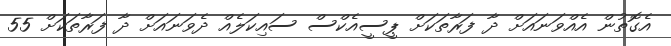
އެގޮތުން އެއްވަނައަށް ދާ ފަރާތަކަށް ޕީސީއެކްސް ސައިކަލެއް ދެވަނައަށް ދާ ފަރާތަކަށް 55